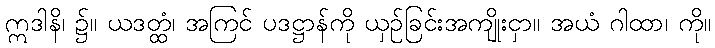
ဣဒါနိ၊ ၌။ ယဒတ္ထံ၊ အကြင် ပဒဋ္ဌာန်ကို ယှဉ်ခြင်းအကျိုးငှာ။ အယံ ဂါထာ၊ ကို။